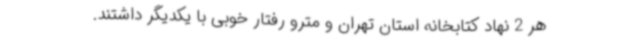
هر 2 نهاد کتابخانه استان تهران و مترو رفتار خوبی با یکدیگر داشتند.